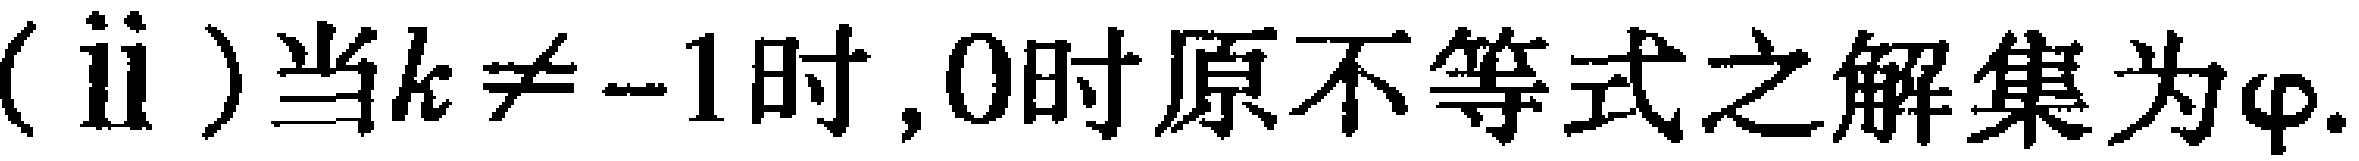
(ii)当\(k\neq -1\)时, \(0\)时原不等式之解集为\(\varphi\).